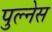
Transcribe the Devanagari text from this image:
पुल्नेस